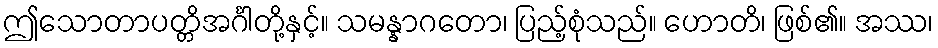
ဤသောတာပတ္တိအင်္ဂါတို့နှင့်။ သမန္နာဂတော၊ ပြည့်စုံသည်။ ဟောတိ၊ ဖြစ်၏။ အဿ၊